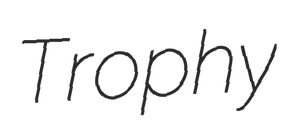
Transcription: Trophy